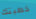
خطبتك